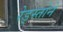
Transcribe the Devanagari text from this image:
रेड्स्तोने